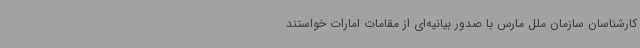
کارشناسان سازمان ملل مارس با صدور بیانیه‌ای از مقامات امارات خواستند